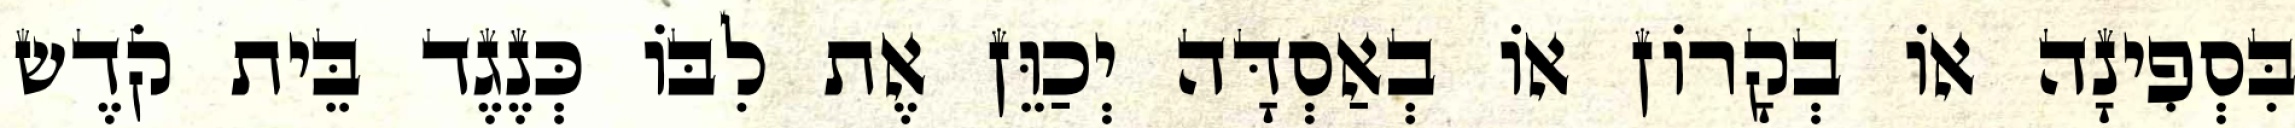
בִּסְפִינָה אוֹ בְקָרוֹן אוֹ בְאַסְדָּה יְכַוֵּן אֶת לִבּוֹ כְּנֶגֶד בֵּית קֹדֶש